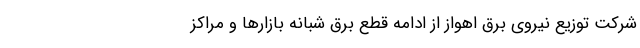
شرکت توزیع نیروی برق اهواز از ادامه قطع برق شبانه بازارها و مراکز